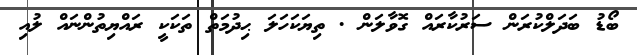
ބޯޑު ބަދަލްކުރަން ސަރުކާރައް ގޮވާލަން . ތިޔަކަހަލަ ޙިދުމަތް ތަކަކީ ރައްޔިތުންނައް ލުއި